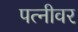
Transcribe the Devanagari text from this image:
पत्‍नीवर